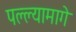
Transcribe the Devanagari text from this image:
पल्ल्यामागे